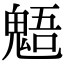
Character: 𩳌